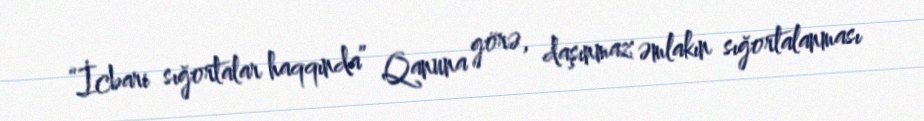
“İcbari sığortalar haqqında” Qanuna görə, daşınmaz əmlakın sığortalanması